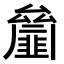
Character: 𠬘